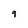
Character: 9